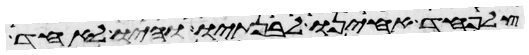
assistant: צלפחד אחינו לבנתיו והיו לאחד